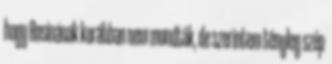
hogy Rosinának korábban nem mondták, de szerintem tényleg szép